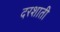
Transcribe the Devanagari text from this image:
दरशाती